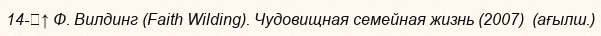
14-	↑ Ф. Вилдинг (Faith Wilding). Чудовищная семейная жизнь (2007)  (ағылш.)